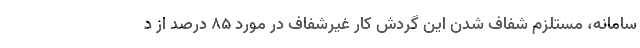
سامانه، مستلزم شفاف شدن این گردش کار غیرشفاف در مورد 85 درصد از د